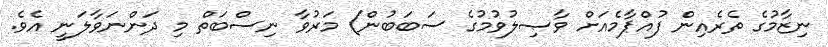
ނިޒާމުގެ ތެރެއިން ފުއްޕާމެއަށް ވާޞިލުވުމުގެ ސަބަބުން) މަރުވާ ނިސްބަތް މި ދަންނަވާލަނީ އެވެ.